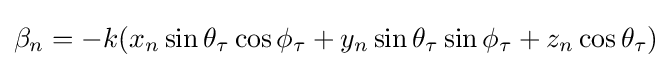
\beta _{n}=-k(x_{n}\sin \theta _{\tau }\cos \phi _{\tau }+y_{n}\sin \theta _{\tau }\sin \phi _{\tau }+z_{n}\cos \theta _{\tau })